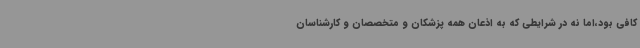
کافی بود،اما نه در شرایطی که به اذعان همه پزشکان و متخصصان و کارشناسان